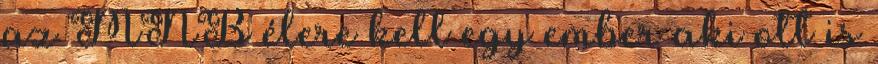
az MNB élere kell egy ember aki ott is